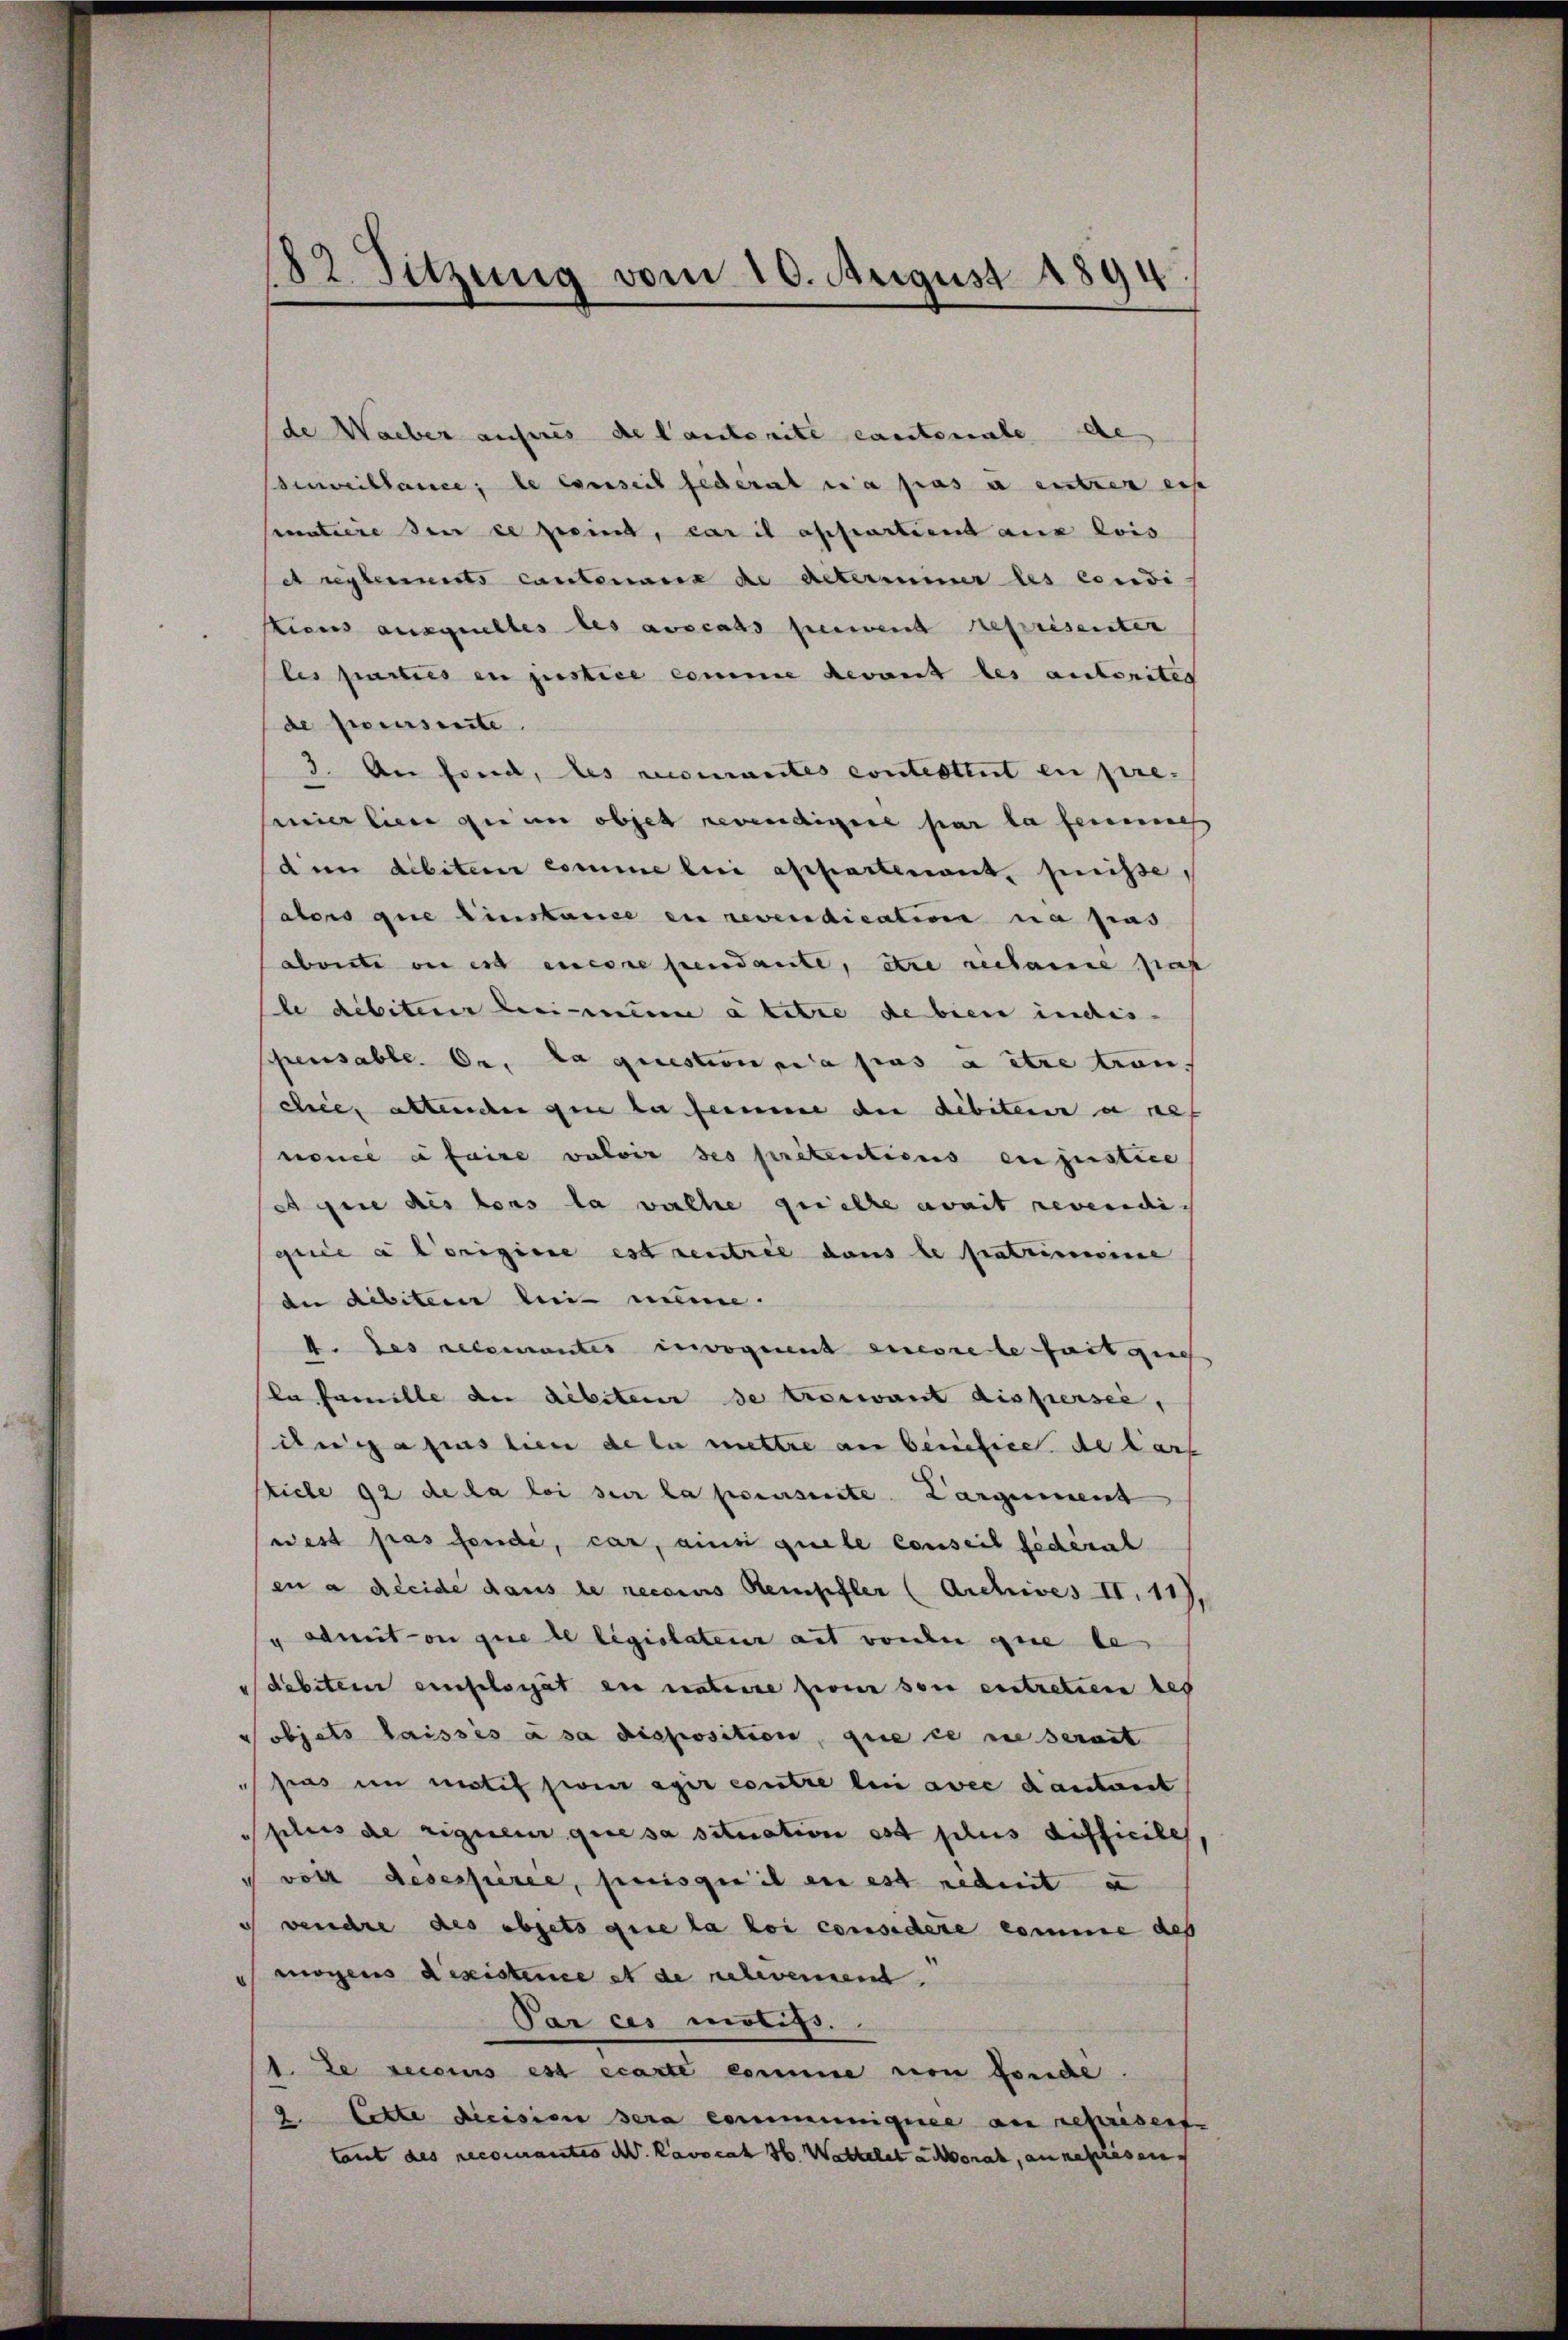
82. Sitzung vom 10. August 1894

de Waiber aufnis de Cantorité cantonale de
seveillance; le conseil federat a pas u entzer ers
matiere den ce peine, caril appartient aux lois
Areglements cantenanz de Alterminer les condi
icus ausgeeltes des ausrats herwend reprisenter
les parties in justice comme devant les autorites
de proverseite
3. An fond, des recurantes conterthut en pre-
milien zu im objet gewendigere par la ferneh
dem dibiteur comme lui appartenant, puisse,
aters que instance en revendication ne pras
abente de es encore pendante, être reclame pas
le débiterer Leimen a titre de bien indis-
pensable. Dr. La question mea pas à être tran.
cie, altenden que la femme der debitere a nef
noncé à faire valoir ses pretentions en justice
gie des tous la valle quiethe avait revendi
grice a l’origine est rentree dans le fratrimonine
dee debiteur bei meine.
4. des recomantes invoquent encore le fait que
la famille de débiteur se troiwant dissersee,
dnasius lien de la mettre an benefice de darf
ticle 92 de la loi sur la poursuite Cargument
west pas fondé, car, ainsi quele Conseil fédéral
ena Kleide dans le reconus Stempfler (Archives II. 11),
" damit ou que le législateur ait von de que le
dabiter einfelsiget die nateure hier son entreten des
sobjets laissés à sa disposition, que ce nie servat
sas in motif sei agir contre lui avec dautant
plus de riquem que sa situation est plus difficile
 von desessurée, puisque il en est redit z
 vendre des objets que la loi considère comme des
mögens desistence et de relevenuent
Par ces motifs.
1. Le secours est écarte comme von fonde
2. Lette decision sera communiquer an repriser-
taut des recomantes K. Ravocat H. Wettelata donat, an represen.